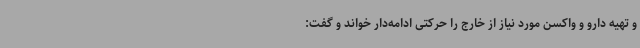
و تهیه دارو و واکسن مورد نیاز از خارج را حرکتی ادامه‌دار خواند و گفت: